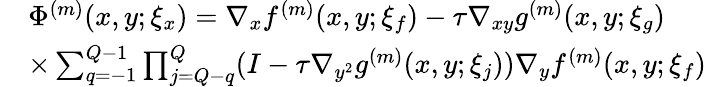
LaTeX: \begin{array}{rl}&{\Phi^{(m)}(x,y;\xi_{x})=\nabla_{x}f^{(m)}(x,y;\xi_{f})-\tau\nabla_{xy}g^{(m)}(x,y;\xi_{g})}\\ &{\times\sum_{q=-1}^{Q-1}\prod_{j=Q-q}^{Q}(I-\tau\nabla_{y^{2}}g^{(m)}(x,y;\xi_{j}))\nabla_{y}f^{(m)}(x,y;\xi_{f})}\end{array}